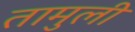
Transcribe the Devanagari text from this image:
तामुली